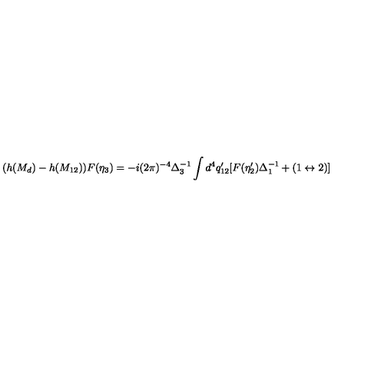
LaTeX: ( h ( M _ { d } ) - h ( M _ { 1 2 } ) ) F ( \eta _ { 3 } ) = - i ( 2 \pi ) ^ { - 4 } \Delta _ { 3 } ^ { - 1 } \int d ^ { 4 } q _ { 1 2 } ^ { \prime } [ F ( \eta _ { 2 } ^ { \prime } ) \Delta _ { 1 } ^ { - 1 } + ( 1 \leftrightarrow 2 ) ]